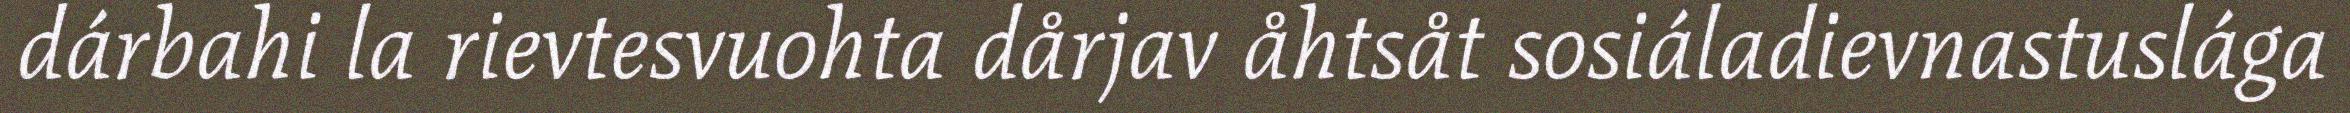
dárbahi la rievtesvuohta dårjav åhtsåt sosiáladievnastuslága